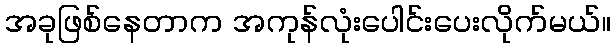
အခုဖြစ်နေတာက အကုန်လုံးပေါင်းပေးလိုက်မယ်။